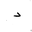
Letter: _dal